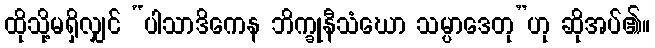
ထိုသို့မရှိလျှင် “ပါသာဒိကေန ဘိက္ခုနီသံဃော သမ္ပာဒေတု”ဟု ဆိုအပ်၏။